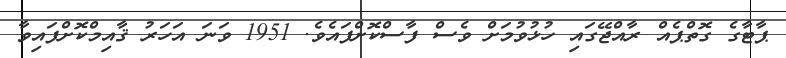
ޕާޓާގެ ގޮތްޕެއް ރާއްޖޭގައި ހުޅުވުމަށް ވެސް ފާސްކޮށްފައެވެ. 1951 ވަނަ އަހަރު ޤާއިމްކޮށްފައިވާ